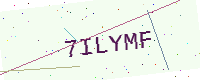
Text: 7ILYMF